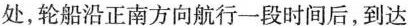
处，轮船沿正南方向航行一段时间后，到达